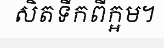
សិតទឹកពីក្អម។